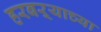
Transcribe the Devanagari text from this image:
हरबऱ्याच्या